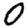
Digit: 0